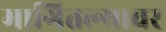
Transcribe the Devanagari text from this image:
मागितल्यावर